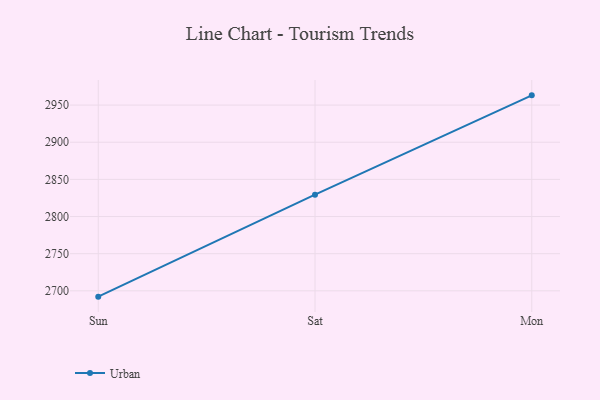
{"axis": {"x": "Day", "y": "Bounce Rate (%)"}, "legend": ["Urban"], "data": [{"x": "Sun", "y": 2692.2, "type": "Urban"}, {"x": "Sat", "y": 2829.4, "type": "Urban"}, {"x": "Mon", "y": 2963.1, "type": "Urban"}]}